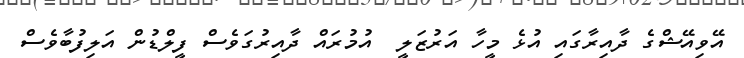
އޭވިއޭޝްގެ ދާއިރާގައި އުޅެ މީހާ އަރުޒަލީ  އުމުރައް ދާއިރުގަވެސް ފީލްޑުން އަލިފުބާވެސް